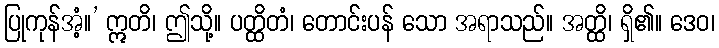
ပြုကုန်အံ့။’ ဣတိ၊ ဤသို့။ ပတ္ထိတံ၊ တောင်းပန် သော အရာသည်။ အတ္ထိ၊ ရှိ၏။ ဒေဝ၊